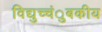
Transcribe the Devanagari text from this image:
विद्युच्चंुबकीय